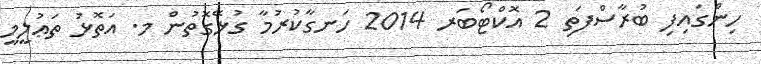
ހިންގައިފި ބުރާސްފަތި 2 އޮކްޓޯބަރ 2014 ހަނގާކުރުމާ ގުޅޭގޮތުން މ. އަތޮޅު ތަޢުލީމީ